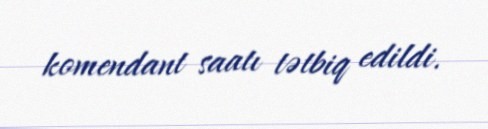
komendant saatı tətbiq edildi.